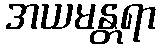
အယမန္တရာ